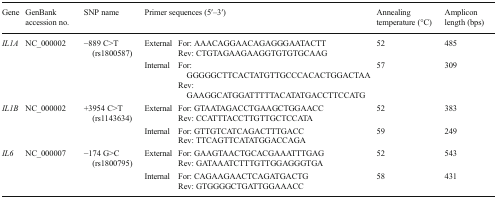
<table><thead><tr><td><b>Gene</b></td><td><b>GenBank accession no.</b></td><td><b>SNP name</b></td><td colspan="2"><b>Primer sequences (5′–3′)</b></td><td><b>Annealing temperature (°C)</b></td><td><b>Amplicon length (bps)</b></td></tr></thead><tbody><tr><td rowspan="4"><i>IL1A</i></td><td rowspan="4">NC_000002</td><td rowspan="4">−889 C&gt;T (rs1800587)</td><td rowspan="2">External</td><td>For: AAACAGGAACAGAGGGAATACTT</td><td rowspan="2">52</td><td rowspan="2">485</td></tr><tr><td>Rev: CTGTAGAAGAAGGTGTGTGCAAG</td></tr><tr><td rowspan="2">Internal</td><td>For: GGGGGCTTCACTATGTTGCCCACACTGGACTAA</td><td rowspan="2">57</td><td rowspan="2">309</td></tr><tr><td>Rev: GAAGGCATGGATTTTTACATATGACCTTCCATG</td></tr><tr><td rowspan="4"><i>IL1B</i></td><td rowspan="4">NC_000002</td><td rowspan="4">+3954 C&gt;T (rs1143634)</td><td rowspan="2">External</td><td>For: GTAATAGACCTGAAGCTGGAACC</td><td rowspan="2">52</td><td rowspan="2">383</td></tr><tr><td>Rev: CCATTTACCTTGTTGCTCCATA</td></tr><tr><td rowspan="2">Internal</td><td>For: GTTGTCATCAGACTTTGACC</td><td rowspan="2">59</td><td rowspan="2">249</td></tr><tr><td>Rev: TTCAGTTCATATGGACCAGA</td></tr><tr><td rowspan="4"><i>IL6</i></td><td rowspan="4">NC_000007</td><td rowspan="4">−174 G&gt;C (rs1800795)</td><td rowspan="2">External</td><td>For: GAAGTAACTGCACGAAATTTGAG</td><td rowspan="2">52</td><td rowspan="2">543</td></tr><tr><td>Rev: GATAAATCTTTGTTGGAGGGTGA</td></tr><tr><td rowspan="2">Internal</td><td>For: CAGAAGAACTCAGATGACTG</td><td rowspan="2">58</td><td rowspan="2">431</td></tr><tr><td>Rev: GTGGGGCTGATTGGAAACC</td></tr></tbody></table>